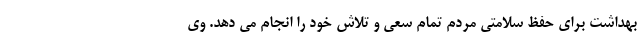
بهداشت برای حفظ سلامتی مردم تمام سعی و تلاش خود را انجام می دهد. وی